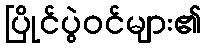
ပြိုင်ပွဲဝင်များ၏